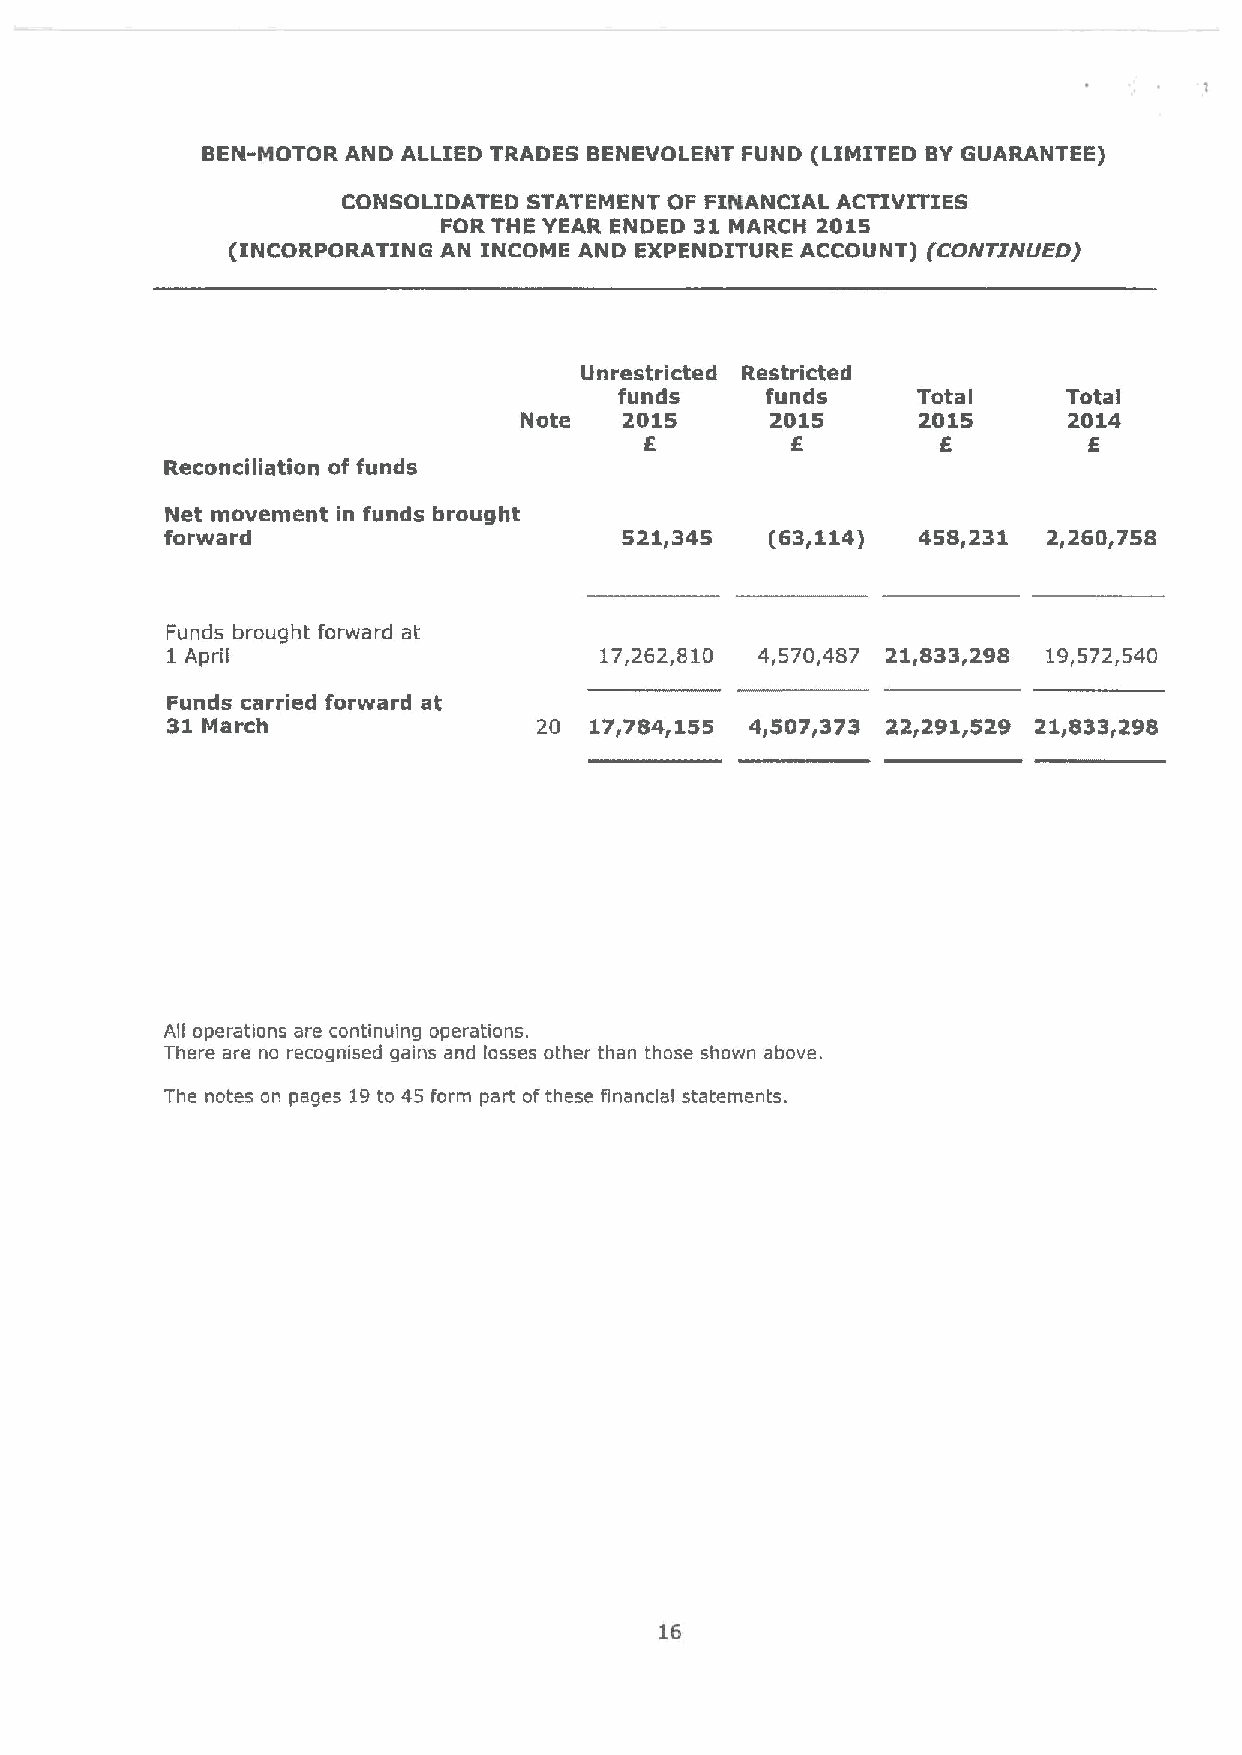
BEN-MOTOR AND ALLIED TRADES BENEVOLENT FUND (LIMITED BYGUARANTEE)
 CONSOLIDATED STATEMENT OF FINANCIAL ACTIVITIES
 FOR THE YEAR ENDED 31 MARCH 2015
 (INCORPORATING AN INCOME AND EXPENDITURE ACCOUNT) (CONTINUED)
 Unrestricted Restricted
 funds     funds     Total     Total
 Note   2015      2015      2015      2014
 6        6         6         6
 Reconciliation of funds
 Net movement in funds brought
 forward                       521r345   (63r114)  458r231 2r260r758
 Funds brought forward at
 1 April                      17,262,810 4,570,487 21,833,298 19,572,540
 Funds carried forward at
 31 March                 20 17r784 155 4~507r373 2212911529 21r833r298
 All operations are continuing operations.
 There are no recognised gains and losses other than those shown above.
 The notes on pages 19to 45 form part ofthese financial statements.
 16